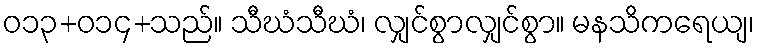
ဝ၁၃+၀၁၄+သည်။ သီဃံသီဃံ၊ လျှင်စွာလျှင်စွာ။ မနသိကရေယျ၊